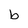
Character: b